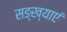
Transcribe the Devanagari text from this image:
सङ्ख्याएं